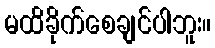
မထိခိုက်စေချင်ပါဘူး။